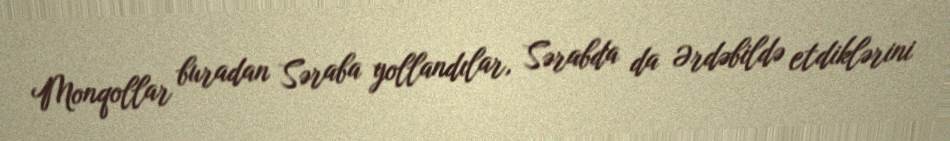
Monqollar buradan Səraba yollandılar, Sərabda da Ərdəbildə etdiklərini